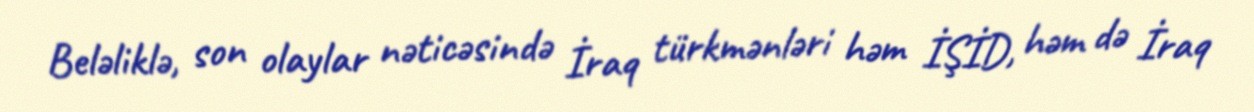
Beləliklə, son olaylar nəticəsində İraq türkmənləri həm İŞİD, həm də İraq